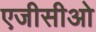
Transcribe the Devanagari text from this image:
एजीसीओ